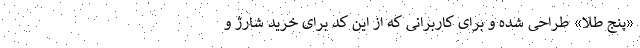
«پنجِ طلا» طراحی شده و برای کاربرانی که از این کد برای خرید شارژ و